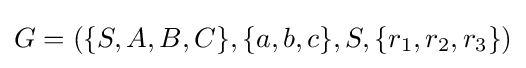
G=(\{S,A,B,C\},\{a,b,c\},S,\{r_{1},r_{2},r_{3}\})